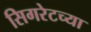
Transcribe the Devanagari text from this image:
सिगरेटच्या